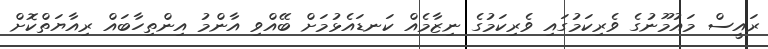
ރައީސް މައުމޫނުގެ ވެރިކަމުގައި ވެރިކަމުގެ ނިޒާމެއް ކަނޑައެޅުމަށް ބޭއްވި އާންމު އިންތިހާބައް ރިއާޔަތްކޮށް